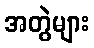
အတွဲများ